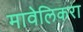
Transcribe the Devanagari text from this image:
मावेलिकरा